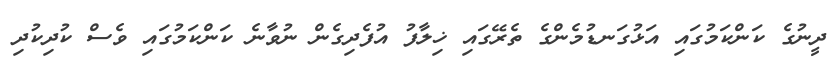
ދީނުގެ ކަންކަމުގައި އަޅުގަނޑުމެންގެ ތެރޭގައި ޚިލާފު އުފެދިގެން ނުވާނެ ކަންކަމުގައި ވެސް ކުދިކުދި